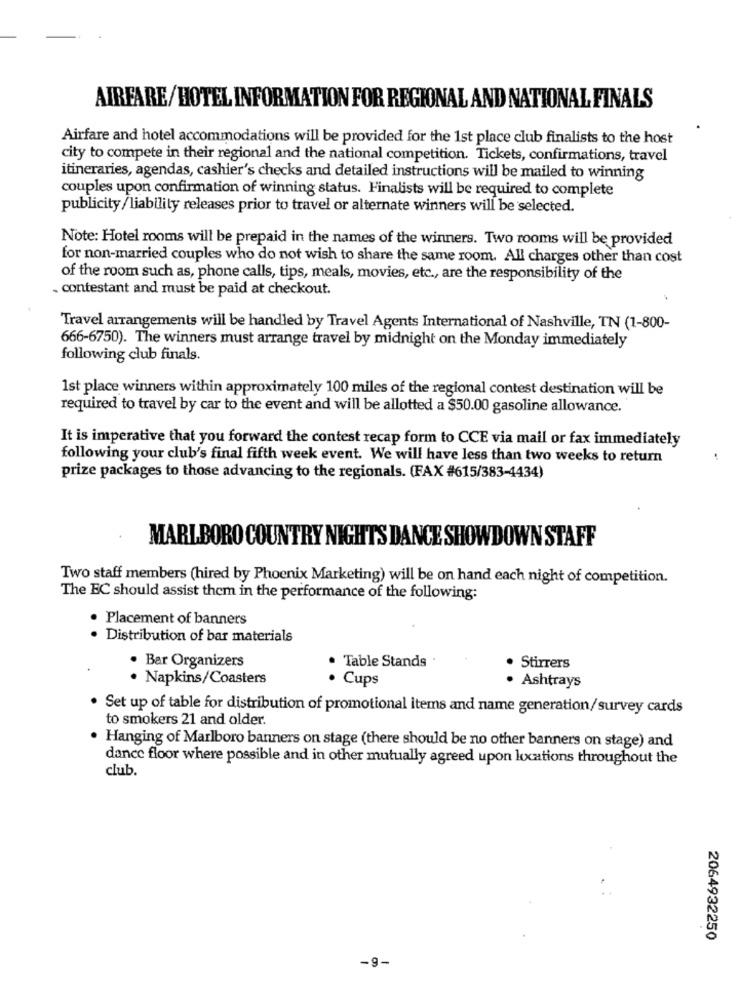
AIRFARE/HOTEL INFORMATION FOR REGIONAL AND NATIONAL FINALS
Airfare and hotel accommodations will be provided for the 1st place club finalists to the host
city to compete in their regional and the national competition. Tickets, confirmations, travel
itineraries, agendas, cashier's checks and detailed instructions will be mailed to winning
couples upon confirmation of winning status. Finalists will be required to complete
publicity/liability releases prior to travel or alternate winners will be selected.
Note: Hotel rooms will be prepaid in the names of the winners. Two rooms will be provided
for non-married couples who do not wish to share the same room. All charges other than cost
of the room such as, phone calls, tips, meals, movies, etc ., are the responsibility of the
. contestant and must be paid at checkout.
Travel arrangements will be handled by Travel Agents International of Nashville, TN (1-800-
666-6750). The winners must arrange travel by midnight on the Monday immediately
following club finals.
1st place winners within approximately 100 miles of the regional contest destination will be
required to travel by car to the event and will be allotted a $50.00 gasoline allowance.
It is imperative that you forward the contest recap form to CCE via mail or fax immediately
following your club's final fifth week event. We will have less than two weeks to return
prize packages to those advancing to the regionals. (FAX #615/383-4434)
MARLBORO COUNTRY NIGHTS DANCE SHOWDOWN STAFF
Two staff members (hired by Phoenix Marketing) will be on hand each night of competition.
The EC should assist them in the performance of the following:
· Placement of banners
· Distribution of bar materials
· Bar Organizers
· Table Stands
· Stirrers
· Napkins/Coasters
· Cups
· Ashtrays
· Set up of table for distribution of promotional items and name generation/survey cards
to smokers 21 and older.
Hanging of Marlboro banners on stage (there should be no other banners on stage) and
dance floor where possible and in other mutually agreed upon locations throughout the
club.
2064932250
-9-